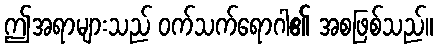
ဤအရာများသည် ဝက်သက်ရောဂါ၏ အစဖြစ်သည်။